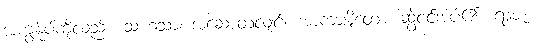
အကျွန်ုပ်ကိုလည်း။ သဟသာ၊ အဆောတလျင်။ အာကာဍ္ဎိတော၊ ဆွဲငင်အပ်၏။ ရာဇ၊